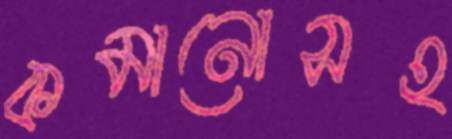
কমানোসহ